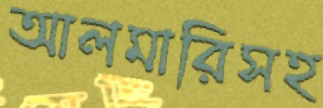
আলমারিসহ